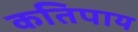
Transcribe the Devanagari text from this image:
कतिपाय